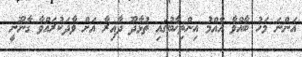
އަންނަ މަހު ބާއްވާ އާއްމު އިންތިޚާބުގައި ތުޅާދޫ ދާއިރާ އަށް ވާދަކުރައްވާ ގާނޫނީ